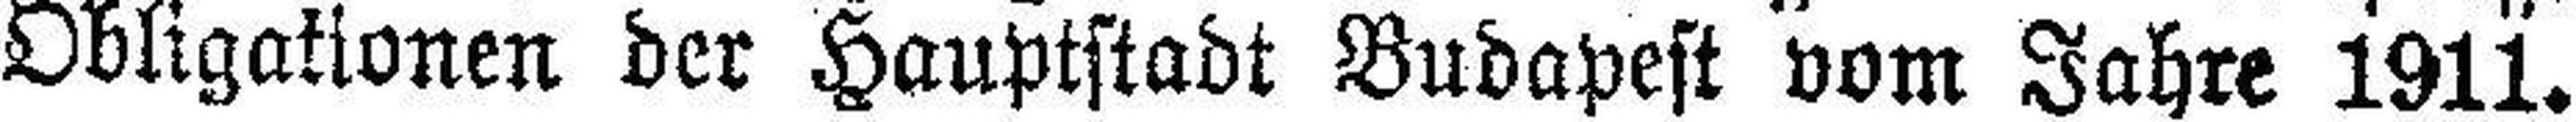
Obligationen der Hauptstadt Budapest vom Jahre 1911.